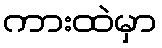
ကားထဲမှာ